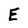
Character: E